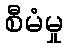
စီမံမှု